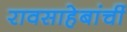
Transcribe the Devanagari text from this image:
रावसाहेबांचीं